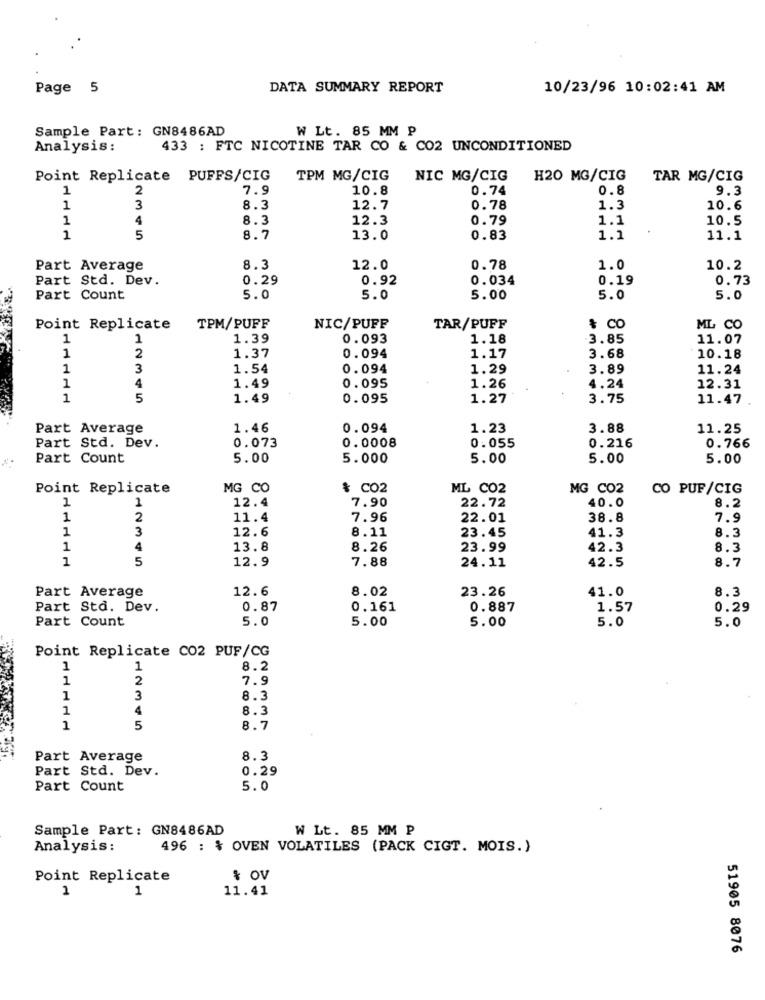
Page 5
DATA SUMMARY REPORT
10/23/96 10:02:41 AM
Sample Part: GN8486AD
W Lt. 85 MM P
Analysis:
433 : FTC NICOTINE TAR CO & CO2 UNCONDITIONED
Point Replicate PUFFS/CIG
TPM MG/CIG
NIC MG/CIG
H20 MG/CIG
TAR MG/CIG
1
2
7.9
10.8
0.74
0.8
9.3
3
1
8.3
12.7
0.78
1.3
10.6
1
4
8.3
12.3
0.79
1.1
10.5
1
5
8.7
13.0
0.83
1.1
11.1
Part Average
8.3
12.0
0.78
1.0
10.2
Part Std. Dev.
0.29
0.92
0.034
0.19
0.73
Part Count
5.0
5.0
5.00
5.0
5.0
Point Replicate
TPM/PUFF
NIC/PUFF
TAR/PUFF
& CO
ML CO
1
1
1.39
0.093
1.18
3.85
11.07
2
0.094
1
1.37
1.17
3.68
10.18
1
3
1.54
0.094
1.29
3.89
11.24
4
0.095
1
1.49
1.26
4.24
12.31
1
5
1.49
0.095
1.27
3.75
11.47
Part Average
1.46
0.094
1.23
3.88
11.25
Part Std. Dev.
0.073
0.055
0.0008
0.216
0.766
Part Count
5.00
5.000
5.00
5.00
5.00
Point Replicate
MG CO
& CO2
ML CO2
MG C02
CO PUF/CIG
1
12.4
7.90
22.72
40.0
8.2
1
1
2
11.4
7.96
22.01
38.8
7.9
1
3
12.6
8.11
23.45
41.3
8.3
1
4
13.8
8.26
23.99
42.3
8.3
1
5
12.9
7.88
42.5
8.7
24.11
Part Average
12.6
8.02
23.26
41.0
8.3
Part Std. Dev.
0.87
0.161
0.887
1.57
0.29
Part Count
5.0
5.00
5.00
5.0
5.0
Point Replicate CO2 PUF/CG
1
8.2
1
2
7.9
1
3
8.3
1
4
8.3
1
5
8.7
Part Average
8.3
Part Std. Dev.
0.29
Part Count
5.0
Sample Part: GN8486AD
W Lt. 85 MM P
Analysis:
496 : % OVEN VOLATILES (PACK CIGT. MOIS.)
Point Replicate
& OV
1
1
11.41
51905 8076